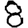
Digit: 8